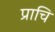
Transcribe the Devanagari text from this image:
प्राचि